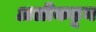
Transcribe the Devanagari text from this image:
अलीकडून